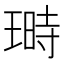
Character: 𤨅